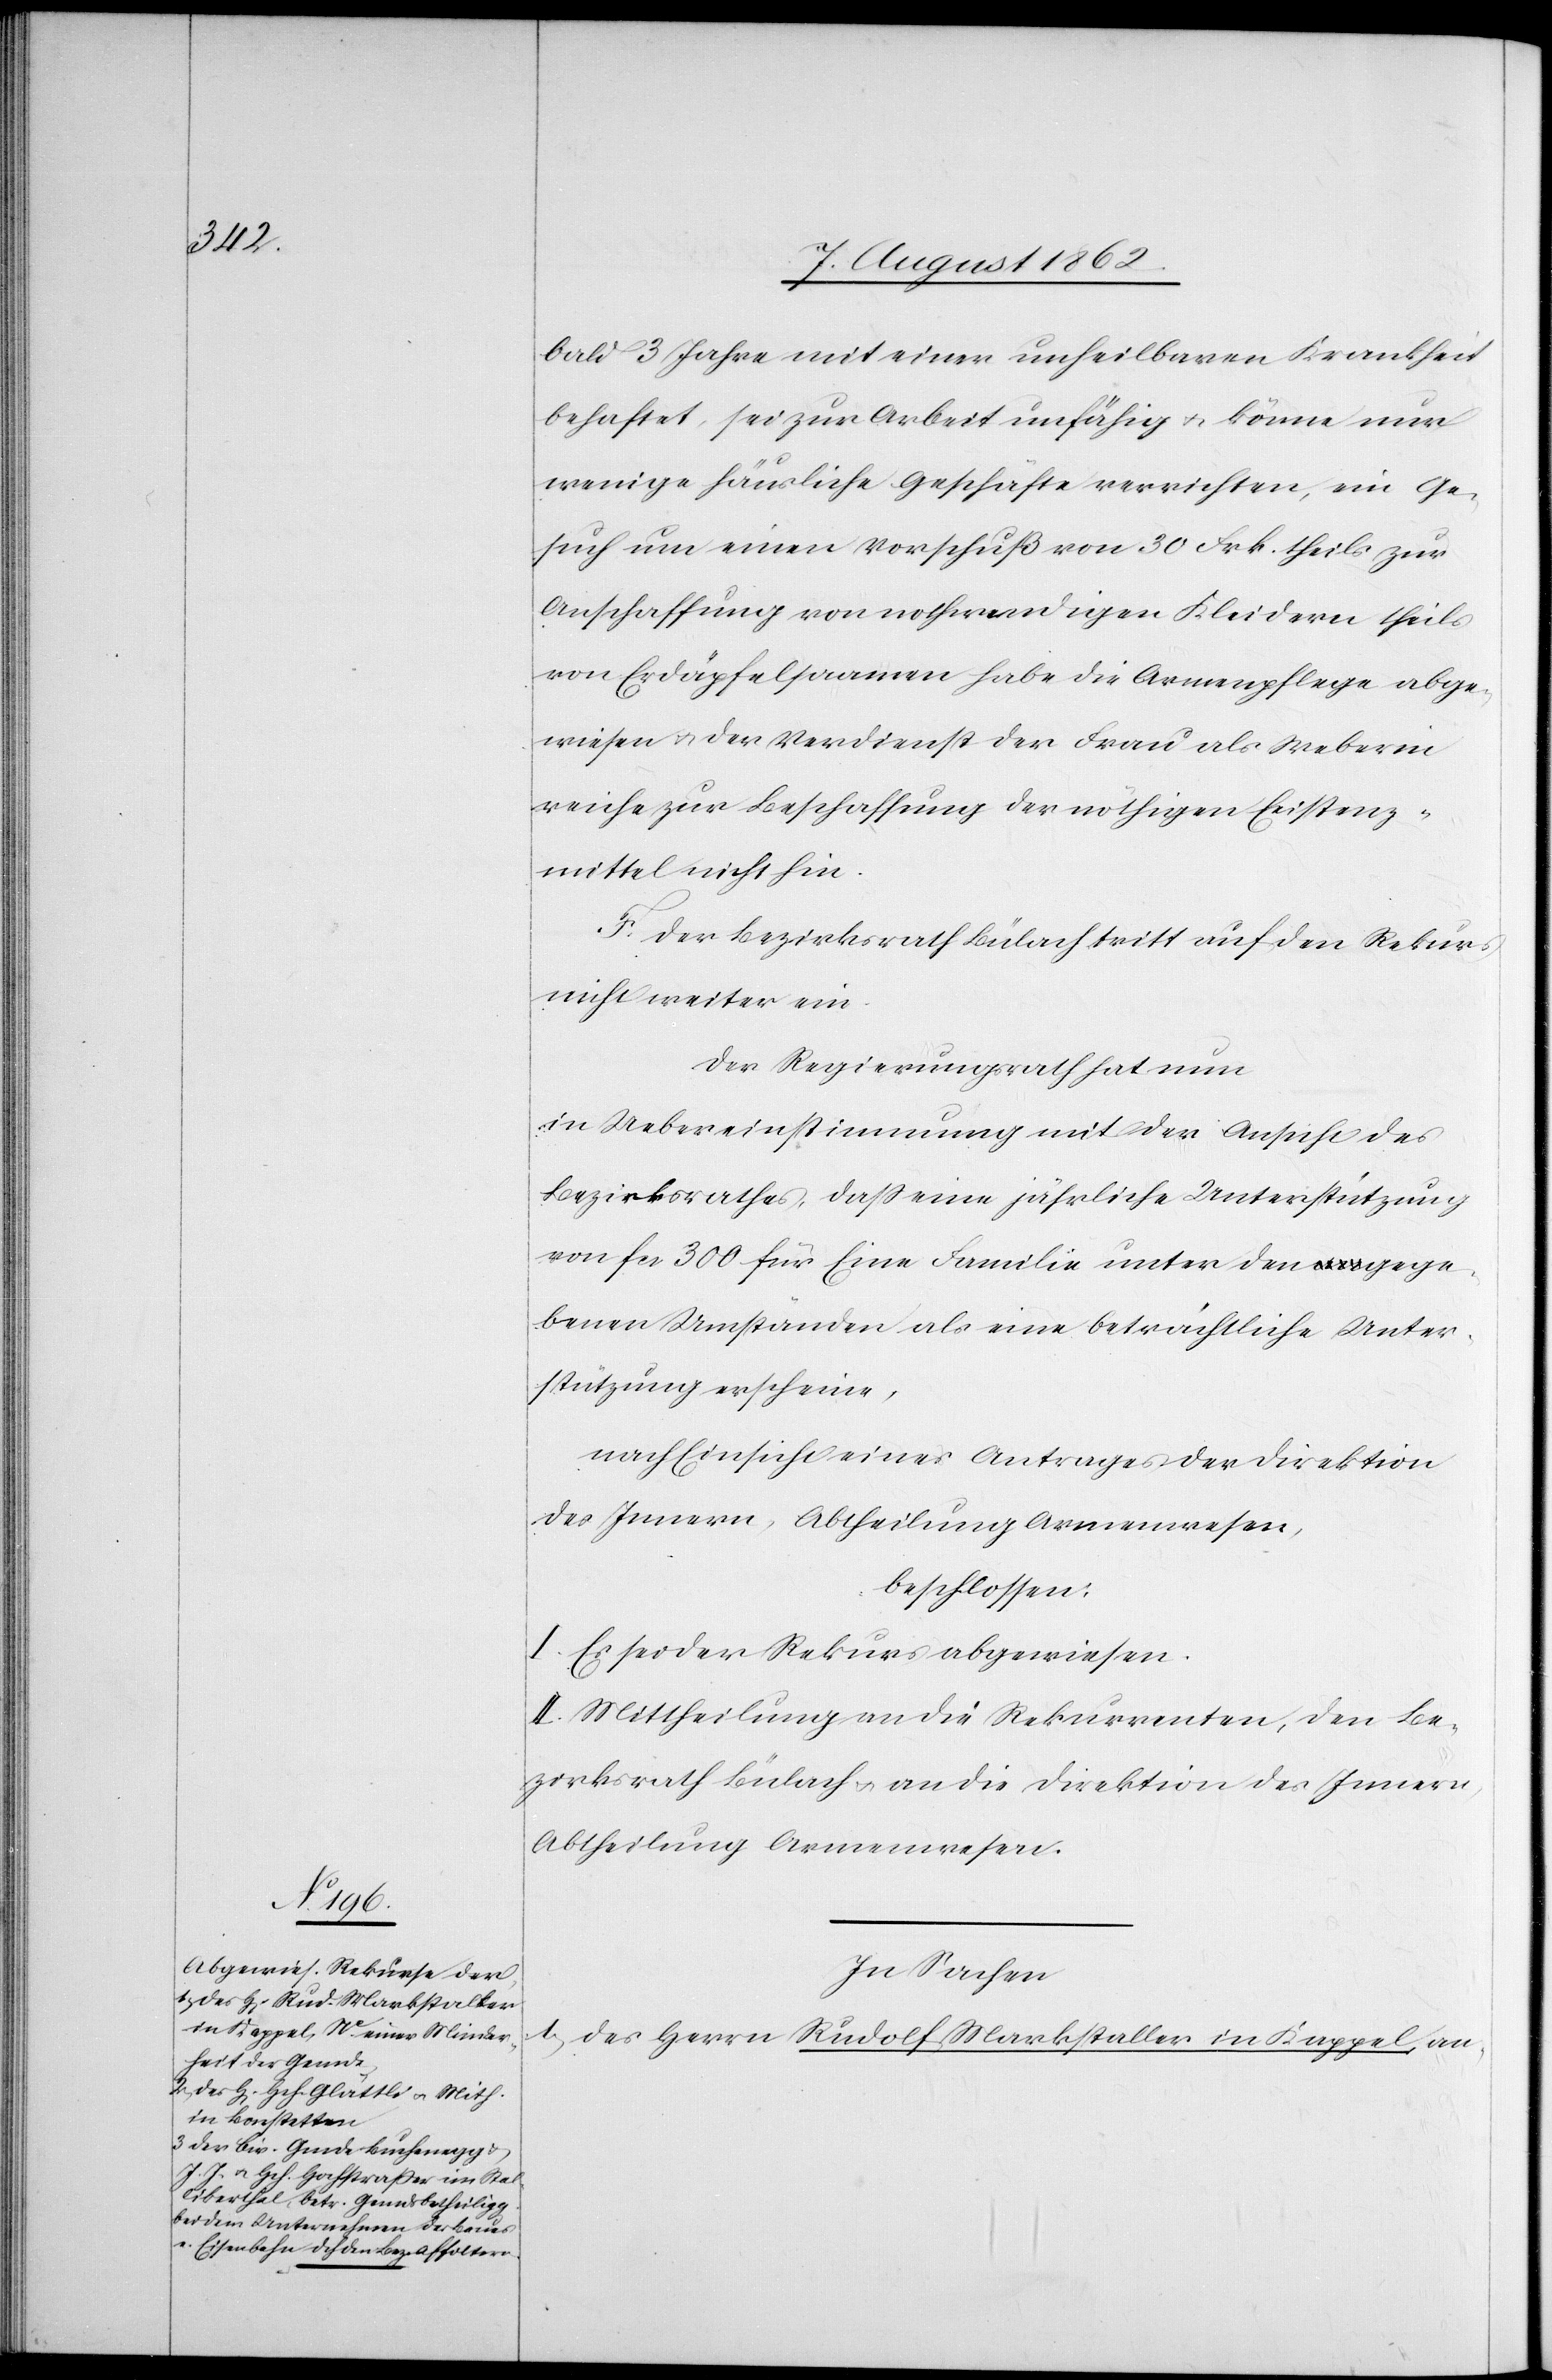
bald 3 Jahre mit einer unheilbaren Krankheit
behaftet, sei zur Arbeit unfähig u. könne nur
wenig häusliche Geschäfte verrichten, ein Ge¬
such um einen Vorschuß von 30 Frk. theils zur
Anschaffung von nothwendigen Kleidern theils
von Erdäpfelsaamen habe die Armenpflege abge¬
wiesen u. der Verdienst der Frau als Weberin
reiche zur Beschaffung der nöthigen Existens¬
mittel nicht hin.
F. Der Bezirksrath Bülach tritt auf den Rekurs
nicht weiter ein.
Der Regierungsrath hat nun
in Uebereinstimmung mit der Ansicht des
Bezirksrathes, daß eine jährliche Unterstützung
von fcs. 300 für Eine Familie unter den gege¬
benen Umständen als eine beträchtliche Unter¬
stützung erscheine,
nach Einsicht eines Antrages der Direktion
des Innern, Abtheilung Armenwesen,
beschlossen:
I. Es sei der Rekurs abgewiesen.
II. Mittheilung an die Rekurrenten, den Be¬
zirksrath Bülach u. an die Direktion des Innern,
Abtheilung Armenwesen.
In Sachen
1. Des Herrn Rudolf Markstaller in Kappel, an-